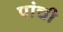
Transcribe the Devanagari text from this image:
पांची